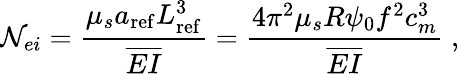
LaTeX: \mathcal{N}_{ei}=\frac{\mu_{s}a_{\mathrm{ref}}L_{\mathrm{ref}}^{3}}{\overline{{EI}}}=\frac{4\pi^{2}\mu_{s}R\psi_{0}f^{2}c_{m}^{3}}{\overline{{EI}}}\; ,